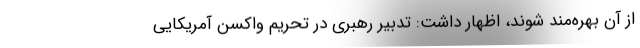
از آن بهره‌مند شوند، اظهار داشت: تدبیر رهبری در تحریم واکسن آمریکایی